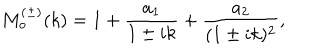
M _ { o } ^ { ( \pm ) } ( k ) = 1 + \frac { a _ { 1 } } { 1 \pm i k } + \frac { a _ { 2 } } { ( 1 \pm i k ) ^ { 2 } } ,